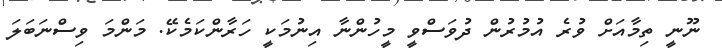
ނޫނީ ތިމާއަށް ވުރެ އުމުރުން ދުވަސްވީ މީހުންނާ އިނުމަކީ ހަރާންކަމެކޭ. މަންމަ ވިސްނަބަލަ